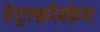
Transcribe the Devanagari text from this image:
टेट्राफ़ॉस्फ़ेट